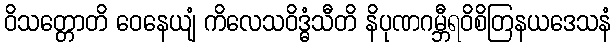
ဝိသတ္တောတိ ဝေနေယျံ ကိလေသဝိဒ္ဓံသီတိ နိပုဏဂမ္ဘီရဝိစိတြနယဒေသနံ